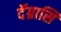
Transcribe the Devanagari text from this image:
दॅग्रासि